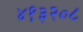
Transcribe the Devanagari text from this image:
४१३२०८